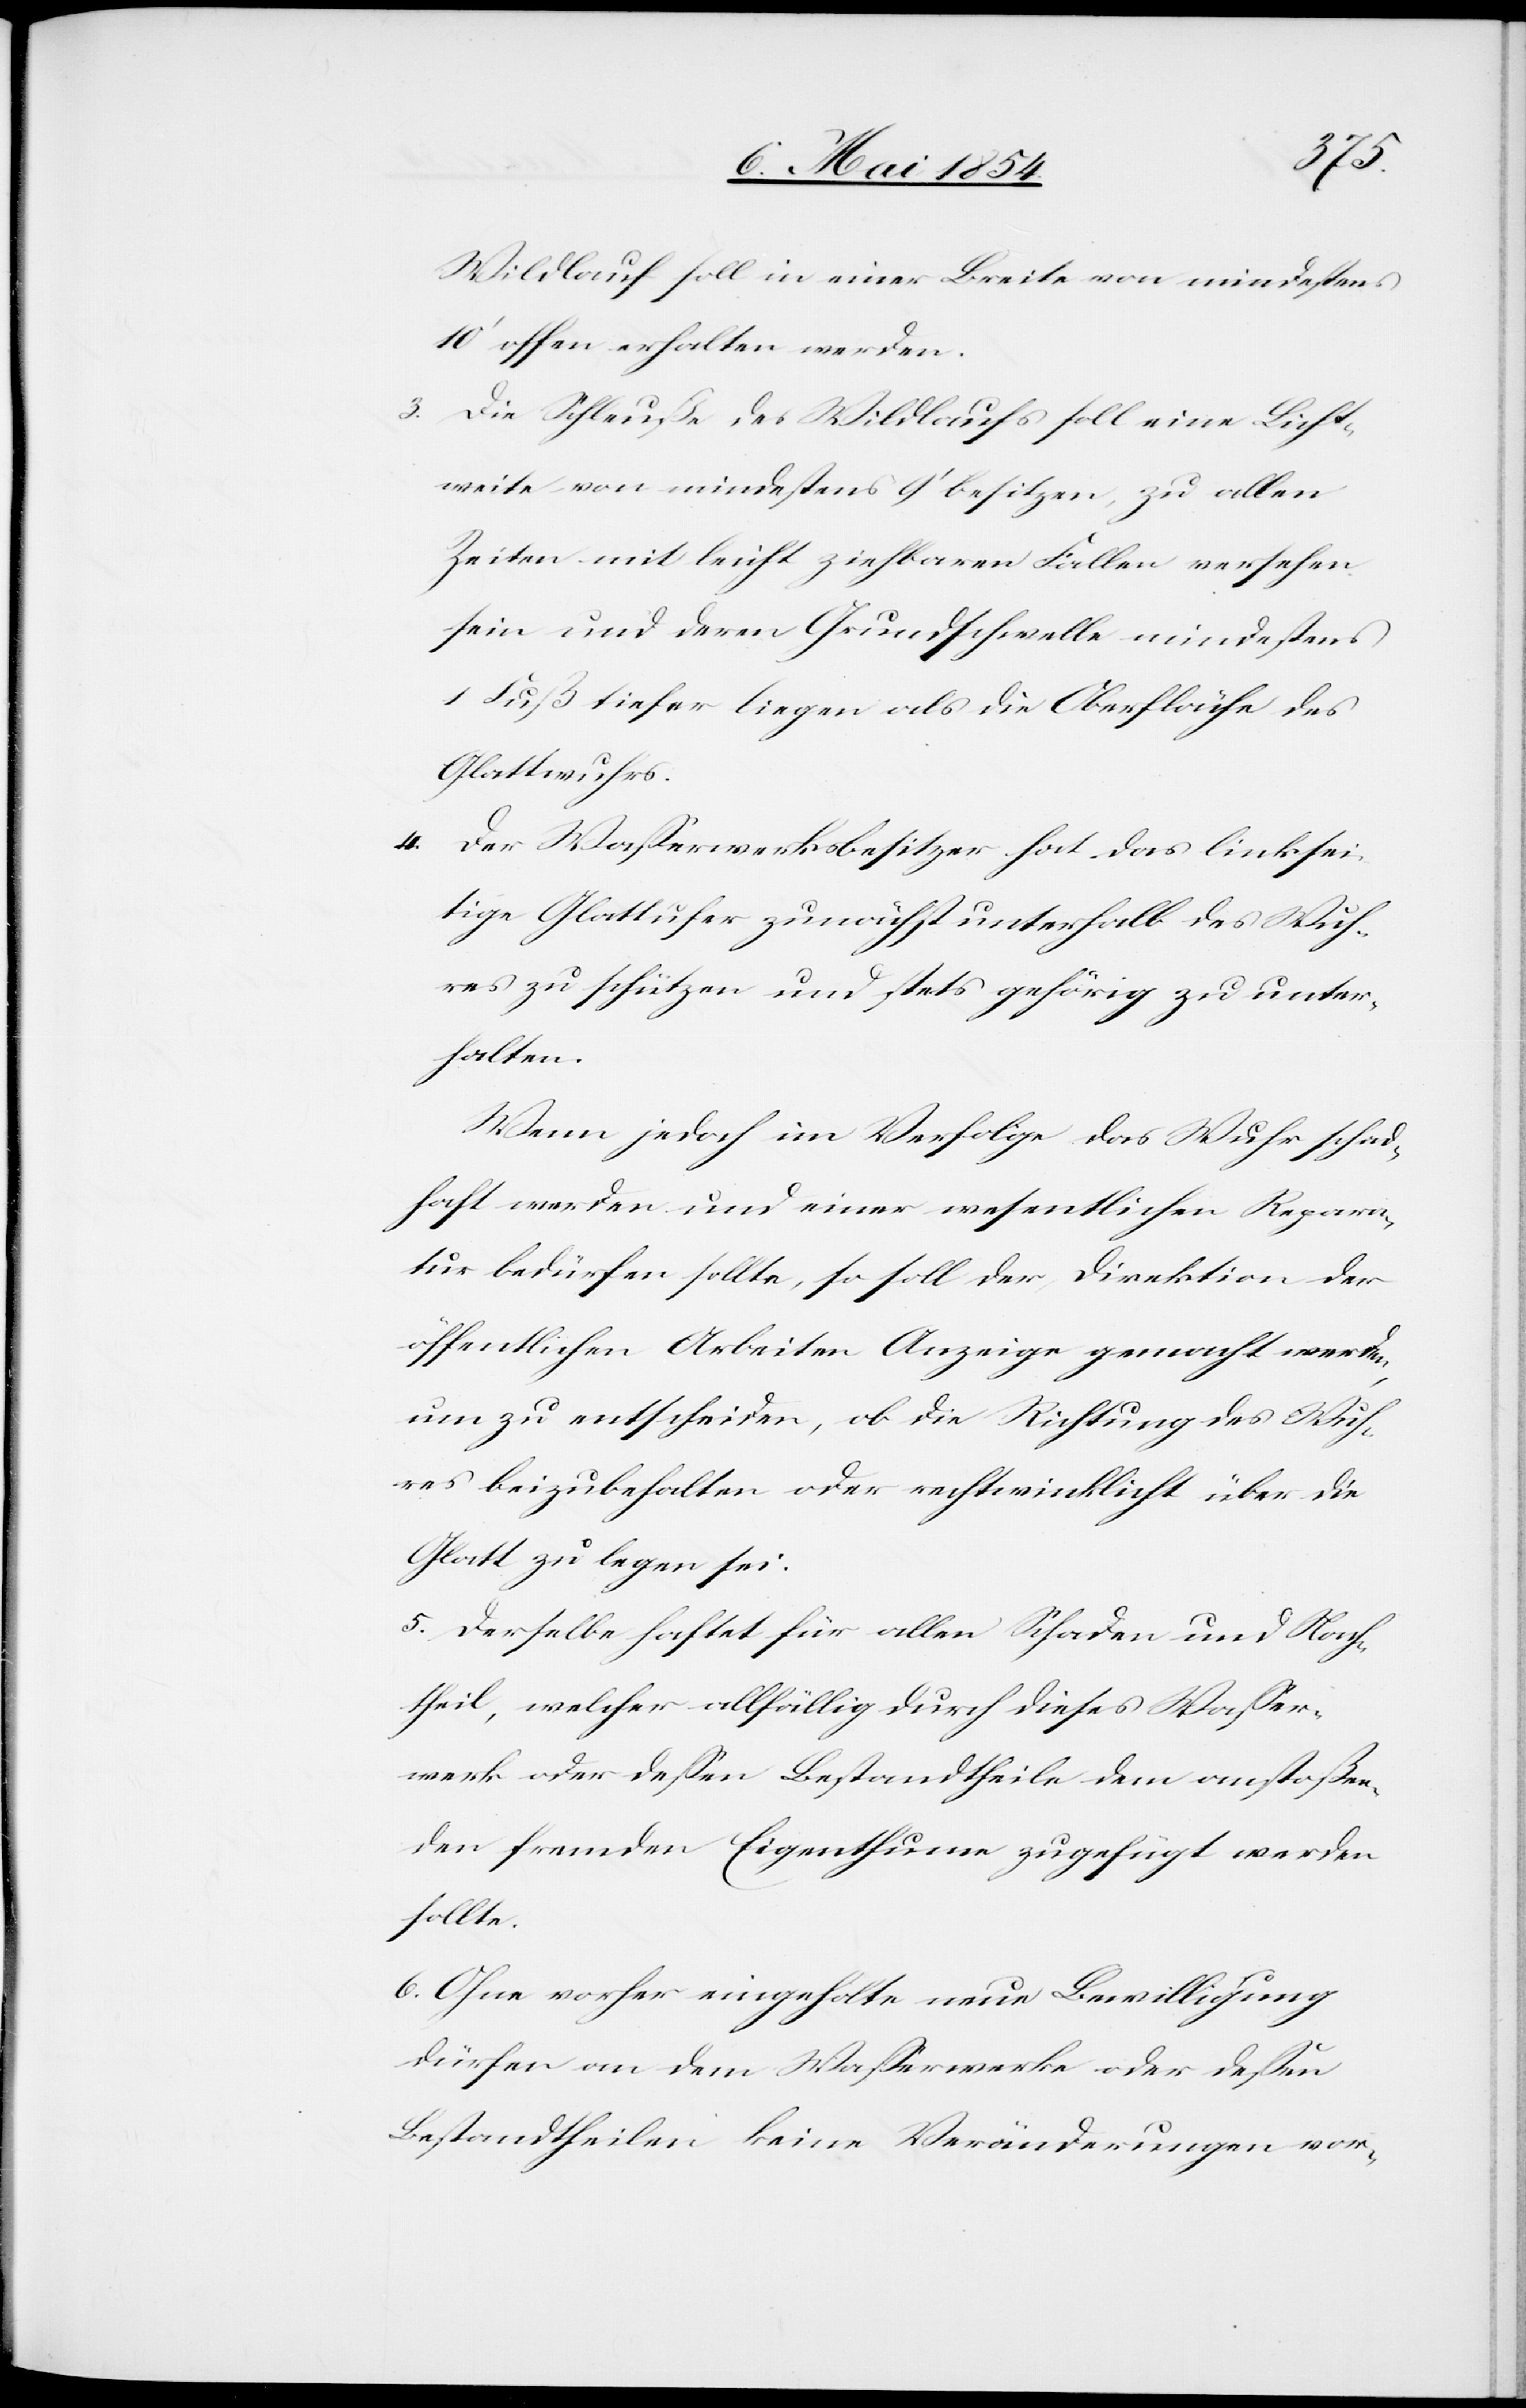
Wildlauf soll in einer Breite von mindestens
10‘ offen erhalten werden.
3. Die Schleuße des Wildlaufs soll eine Licht¬
weite von mindestens 9‘ besitzen, zu allen
Zeiten mit leicht ziehbaren Fallen versehen
sein und deren Grundschwelle mindestens
1 Fuß tiefer liegen als die Oberfläche des
Glattwuhrs.
4. Der Waßerwerksbesitzer hat das linksei¬
tige Glattufer zunächst unterhalb des Wuh¬
res zu schützen und stets gehörig zu unter¬
halten.
Wenn jedoch im Verfolge das Wuhr schad¬
haft werden und einer wesentlichen Repara¬
tur bedürfen sollte, so soll der Direktion der
öffentlichen Arbeiten Anzeige gemacht werden,
um zu entscheiden, ob die Richtung des Wuh¬
res beizubehalten oder rechtwinklicht über die
Glatt zu legen sei.
5. Derselbe haftet für allen Schaden und Nach¬
theil, welcher allfällig durch dieses Waßer¬
werk oder deßen Bestandtheile dem anstoßen¬
den fremden Eigenthum zugefügt werden
sollte.
6. Ohne vorher eingeholte neue Bewilligung
dürfen an dem Waßerwerke oder deßen
Bestandtheilen keine Veränderungen vor-